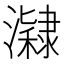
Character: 𤂰